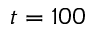
t = 1 0 0